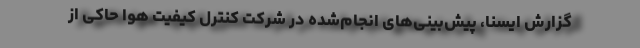
گزارش ایسنا، پیش‌بینی‌های انجام‌شده در شرکت کنترل کیفیت هوا حاکی از